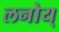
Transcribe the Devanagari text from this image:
लनोय्